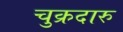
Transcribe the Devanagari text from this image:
चुक्रदारु